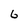
Character: 6